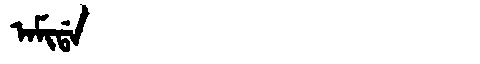
Manchu: ᠠᠮᡳᡩᠠ
Romanization: AMIDA